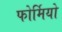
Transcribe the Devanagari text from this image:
फोर्मियो